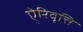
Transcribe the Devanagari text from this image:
ऐरिवृत्ति